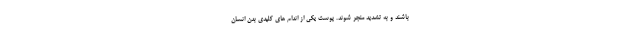
باشند و به تشدید منجر شوند. پوست یکی از اندام های کلیدی بدن انسان